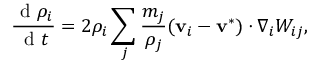
\frac { \mathrm { ~ d ~ } \rho _ { i } } { \mathrm { ~ d ~ } t } = 2 \rho _ { i } \sum _ { j } \frac { m _ { j } } { \rho _ { j } } ( \mathbf { v } _ { i } - \mathbf { v } ^ { * } ) \cdot \nabla _ { i } W _ { i j } ,